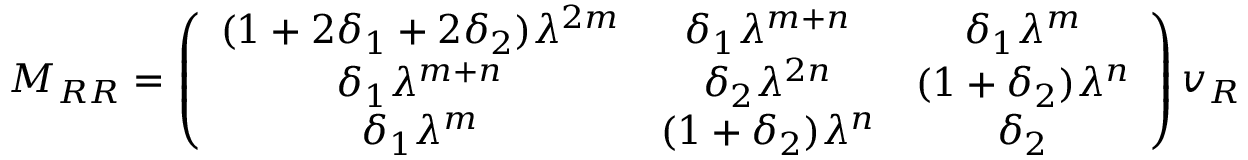
M _ { R R } = \left( \begin{array} { c c c } { { ( 1 + 2 \delta _ { 1 } + 2 \delta _ { 2 } ) \lambda ^ { 2 m } } } & { { \delta _ { 1 } \lambda ^ { m + n } } } & { { \delta _ { 1 } \lambda ^ { m } } } \\ { { \delta _ { 1 } \lambda ^ { m + n } } } & { { \delta _ { 2 } \lambda ^ { 2 n } } } & { { ( 1 + \delta _ { 2 } ) \lambda ^ { n } } } \\ { { \delta _ { 1 } \lambda ^ { m } } } & { { ( 1 + \delta _ { 2 } ) \lambda ^ { n } } } & { { \delta _ { 2 } } } \end{array} \right) v _ { R }